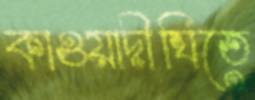
কাওয়াদীঘিতে